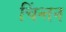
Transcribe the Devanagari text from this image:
चिंन्तन